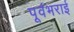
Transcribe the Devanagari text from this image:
पूर्वभराई